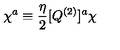
\chi ^ { a } \equiv { \frac { \eta } { 2 } } [ Q ^ { ( 2 ) } ] ^ { a } \chi